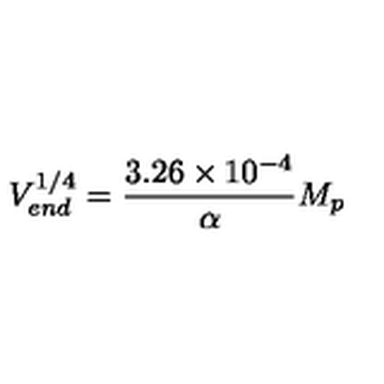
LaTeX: V _ { e n d } ^ { 1 / 4 } = { \frac { 3 . 2 6 \times 1 0 ^ { - 4 } } { \alpha } } M _ { p }